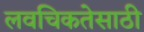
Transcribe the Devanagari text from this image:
लवचिकतेसाठी